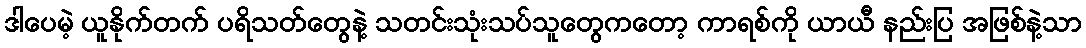
ဒါပေမဲ့ ယူနိုက်တက် ပရိသတ်တွေနဲ့ သတင်းသုံးသပ်သူတွေကတော့ ကာရစ်ကို ယာယီ နည်းပြ အဖြစ်နဲ့သာ